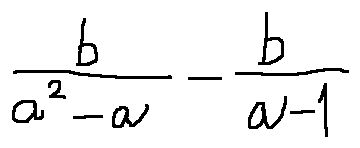
\frac { b } { a ^ { 2 } - a } - \frac { b } { a - 1 }